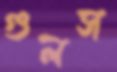
গুলস